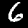
Label: 6